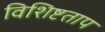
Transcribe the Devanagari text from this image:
विशिष्टताप